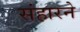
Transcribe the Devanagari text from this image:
संहारने